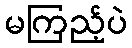
မကြည့်ပဲ